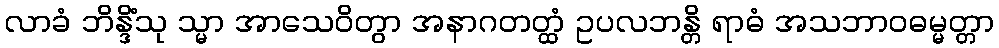
လာခံ ဘိန္ဒိံသု သ္မာ အာသေဝိတွာ အနာဂတတ္ထံ ဥပလဘန္တိ ရာဓံ အသဘာဝဓမ္မတ္တာ